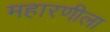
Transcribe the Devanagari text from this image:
महारणीला